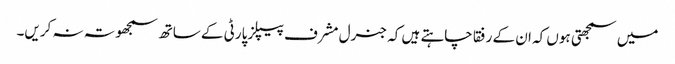
میں سمجھتی ہوں کہ ان کے رفقا چاہتے ہیں کہ جنرل مشرف پیپلز پارٹی کے ساتھ سمجھوتہ نہ کریں۔